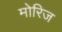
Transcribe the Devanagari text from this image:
मोरिज